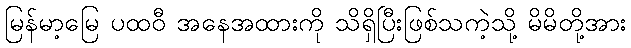
မြန်မာ့မြေ ပထဝီ အနေအထားကို သိရှိပြီးဖြစ်သကဲ့သို့ မိမိတို့အား